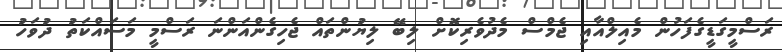
ރަސްމީގަޑީގެފަހުން މެއިލްއާއި ޖެމްސް މެދުވެރިކޮށް ލިބޭ ލިޔުންތައް ޖެހިގެންއަންނަ ރަސްމީ މަސައްކަތު ދުވަހު